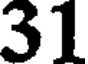
31